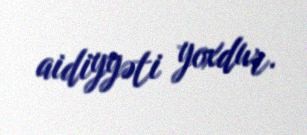
aidiyyəti yoxdur.